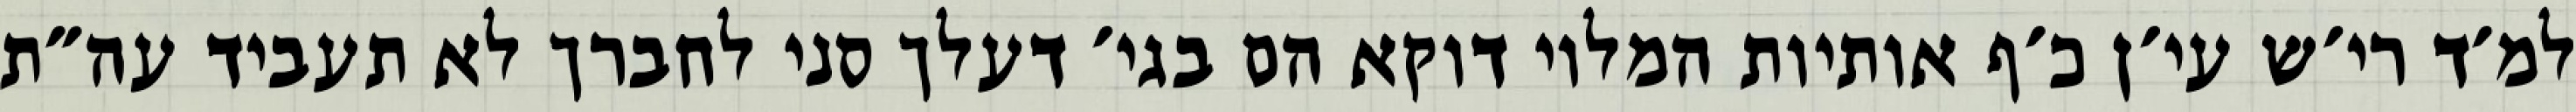
למ׳ד רי׳ש עי׳ן כ׳ף אותיות המלוי דוקא הם בגי׳ דעלך סני לחברך לא תעביד עה״ת